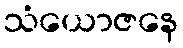
သံယောဇနေ